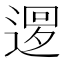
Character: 𨕔